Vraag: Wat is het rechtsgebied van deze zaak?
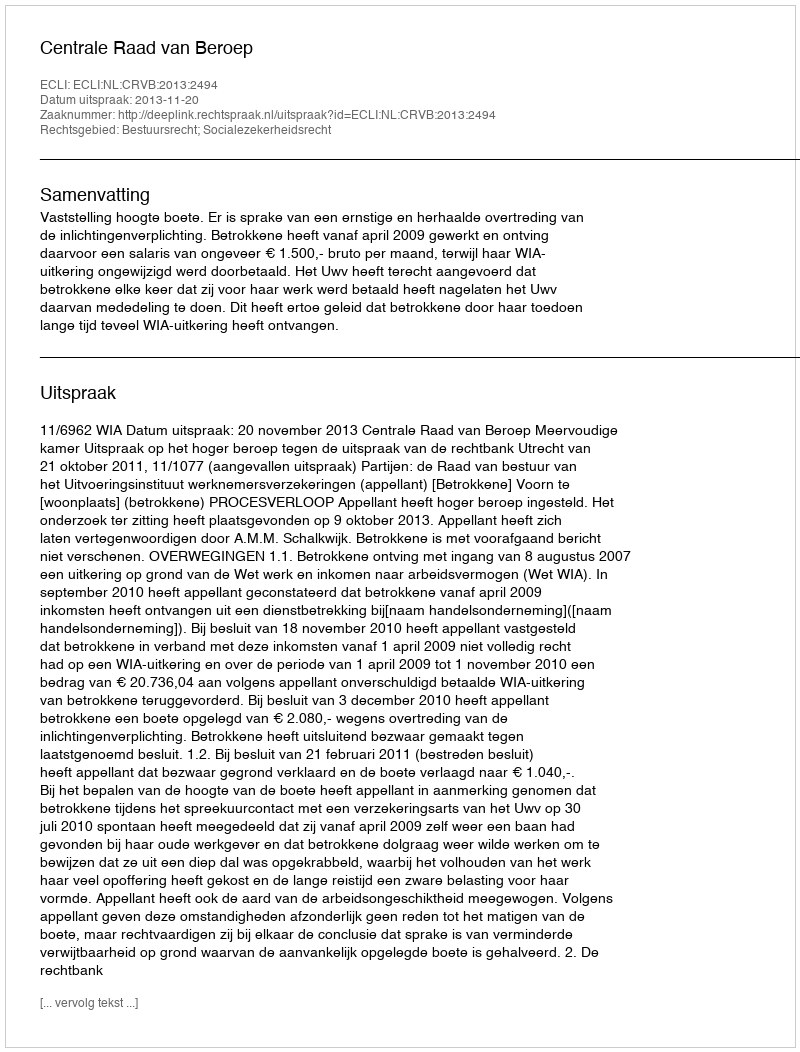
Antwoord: Bestuursrecht; Socialezekerheidsrecht